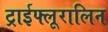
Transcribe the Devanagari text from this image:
ट्राईफ्लूरालिन